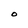
Character: O